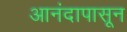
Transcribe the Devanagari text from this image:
आनंदापासून